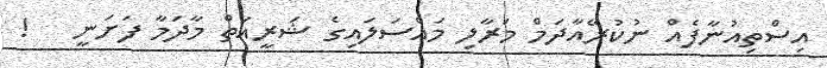
އިސްތިއުނާފެއް ނުކުރޭއާދަމް މަރާލި މައްސަލައިގެ ޝަރީއަތް މާދަމާ ފަށަނީ   !